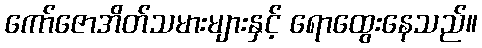
ကော်ဇောအိတ်သမားများနှင့် ရောထွေးနေသည်။